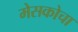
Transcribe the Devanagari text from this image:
मेसकोचा